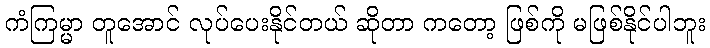
ကံကြမ္မာ တူအောင် လုပ်ပေးနိုင်တယ် ဆိုတာ ကတော့ ဖြစ်ကို မဖြစ်နိုင်ပါဘူး